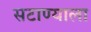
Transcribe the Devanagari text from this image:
सटाण्याला